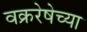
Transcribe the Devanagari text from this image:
वक्ररेषेच्या